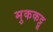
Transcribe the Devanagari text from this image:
मुककट्टू